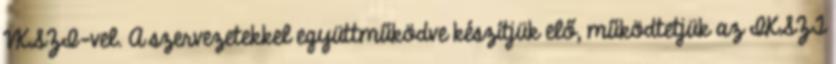
VKSZI-vel. A szervezetekkel együttműködve készítjük elő, működtetjük az IKSZT